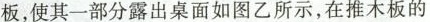
板，使其一部分露出桌面如图乙所示，在推木板的